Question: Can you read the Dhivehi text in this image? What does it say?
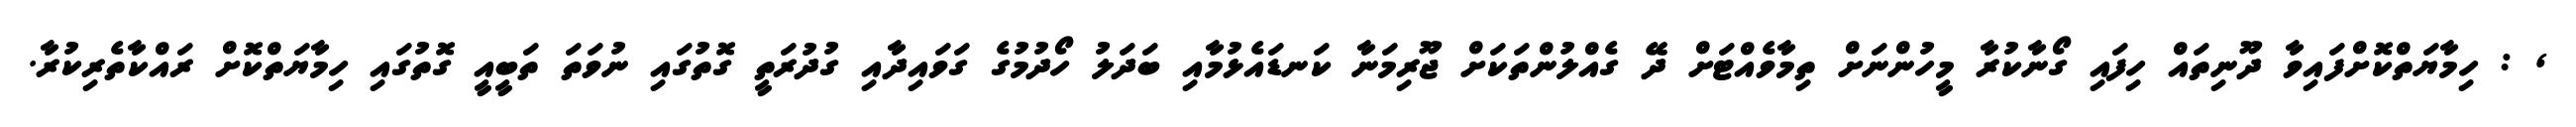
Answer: , : ހިމާޔަތްކޮށްފައިވާ ދޫނިތައް ހިފައި ގޯނާކުރާ މީހުންނަށް ތިމާވެއްޓަށް ދޭ ގެއްލުންތަކަށް ޖޫރިމަނާ ކަނޑައެޅުމާއި ބަދަލު ހޯދުމުގެ ގަވައިދާއި ގުދުރަތީ ގޮތުގައި ނުވަތަ ތަބީއީ ގޮތުގައި ހިމާޔަތްކޮށް ރައްކާތެރިކުރާ.